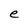
Character: e